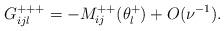
LaTeX: \begin{align*} G_{ijl}^{+++}=-M_{ij}^{++}( \theta_l^+) + O(\nu^{-1}).\end{align*}